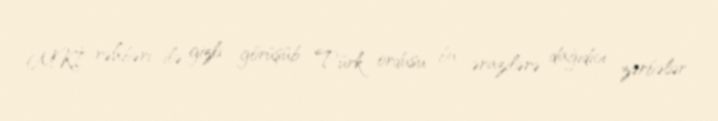
MKİ rəhbəri ilə gizli görüşüb Türk ordusu bu ərazilərə dağıdıcı zərbələr